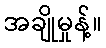
အချိုမှုန့်။